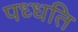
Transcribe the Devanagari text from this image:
पध्धति